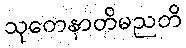
သုတေနာတိမညတိ